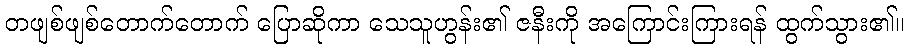
တဖျစ်ဖျစ်တောက်တောက် ပြောဆိုကာ သေသူဟွန်း၏ ဇနီးကို အကြောင်းကြားရန် ထွက်သွား၏။